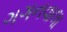
ગગનવાલા